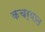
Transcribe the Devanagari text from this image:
कचर्‍यात